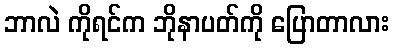
ဘာလဲ ကိုရင်က ဘိုနာပတ်ကို ပြောတာလား